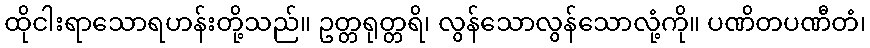
ထိုငါးရာသောရဟန်းတို့သည်။ ဥတ္တရုတ္တရိ၊ လွန်သောလွန်သောလုံ့ကို။ ပဏိတပဏီတံ၊